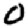
Digit: 0